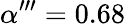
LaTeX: \alpha^{\prime\prime\prime}=0.68